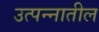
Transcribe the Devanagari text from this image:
उत्पन्‍नातील